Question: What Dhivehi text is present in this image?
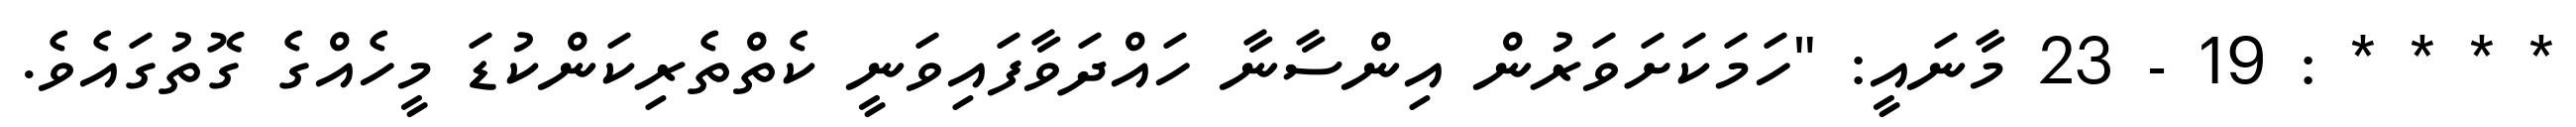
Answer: * * * * : 19 - 23 މާނައީ: "ހަމަކަށަވަރުން އިންސާނާ ހައްދަވާފައިވަނީ ކެތްތެރިކަންކުޑަ މީހެއްގެ ގޮތުގައެވެ.